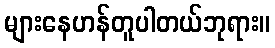
များနေဟန်တူပါတယ်ဘုရား။